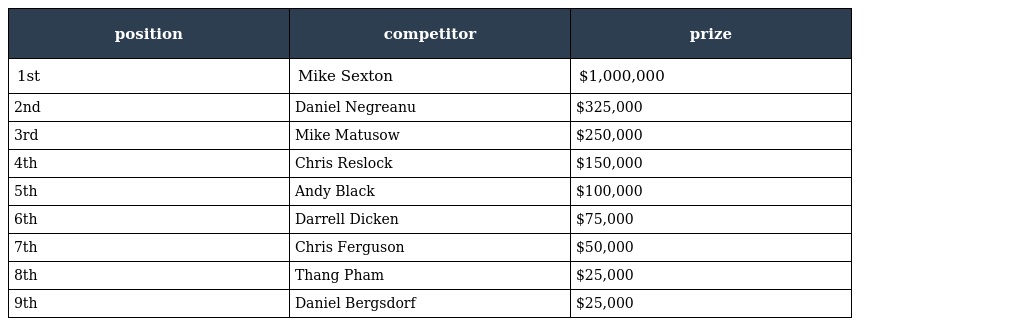
| position | competitor | prize |
 | --- | --- | --- |
 | 1st | Mike Sexton | $1,000,000 |
 | 2nd | Daniel Negreanu | $325,000 |
 | 3rd | Mike Matusow | $250,000 |
 | 4th | Chris Reslock | $150,000 |
 | 5th | Andy Black | $100,000 |
 | 6th | Darrell Dicken | $75,000 |
 | 7th | Chris Ferguson | $50,000 |
 | 8th | Thang Pham | $25,000 |
 | 9th | Daniel Bergsdorf | $25,000 |